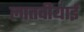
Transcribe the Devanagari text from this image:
लातवीयाई